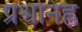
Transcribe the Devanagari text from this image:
प्रश्वनिह्न